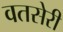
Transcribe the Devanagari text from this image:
वतसेरी